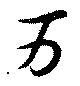
万